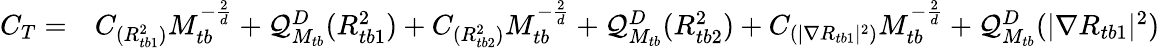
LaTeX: \begin{array}{rl}{C_{T}=}&{{}C_{({R_{tb1}^{2}})}M_{tb}^{-\frac{2}{d}}+\mathcal{Q}_{M_{tb}}^{D}(R_{tb1}^{2})+C_{({R_{tb2}^{2}})}M_{tb}^{-\frac{2}{d}}+\mathcal{Q}_{M_{tb}}^{D}(R_{tb2}^{2})+C_{(|\nabla R_{tb1}|^{2})}M_{tb}^{-\frac{2}{d}}+\mathcal{Q}_{M_{tb}}^{D}(|\nabla R_{tb1}|^{2})}\end{array}